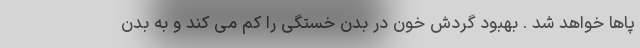
پاها خواهد شد . بهبود گردش خون در بدن خستگی را کم می کند و به بدن